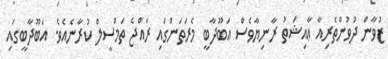
ޒުވާން ދުވުންތެރިއާ ޢާއިޝަތު ރާނިޔާވެސް އަބޫދާބީ މެރަތަންގައި ރާއްޖެ ތަމްސީލް ކުރާނެއެވެ. އަބޫދާބީގައި